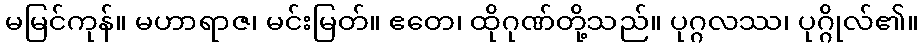
မမြင်ကုန်။ မဟာရာဇ၊ မင်းမြတ်။ ဧတေ၊ ထိုဂုဏ်တို့သည်။ ပုဂ္ဂလဿ၊ ပုဂ္ဂိုလ်၏။